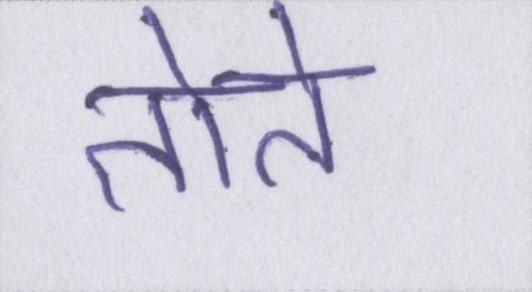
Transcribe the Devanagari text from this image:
तोते